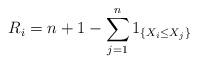
LaTeX: \begin{align*}R_i=n+1-\sum\limits_{j=1}^n1_{\left\{X_i\leq X_j\right\}} \end{align*}